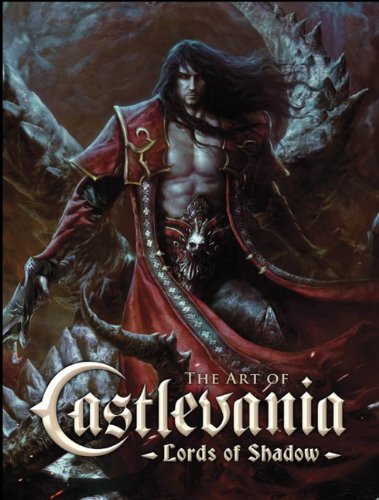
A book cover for The Art of Castlevania - Lords of Shadow; Martin Robinson; Comics & Graphic Novels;